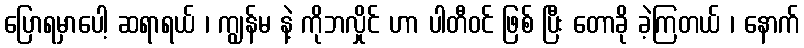
ပြောရမှာပေါ့ ဆရာရယ် ၊ ကျွန်မ နဲ့ ကိုဘလှိုင် ဟာ ပါတီဝင် ဖြစ် ပြီး တောခို ခဲ့ကြတယ် ၊ နောက်